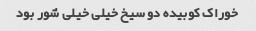
خوراک کوبیده دو سیخ خیلی خیلی شور بود